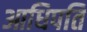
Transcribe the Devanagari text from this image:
आधिपति